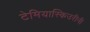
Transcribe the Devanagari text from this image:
टेमियास्किउरीनी